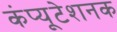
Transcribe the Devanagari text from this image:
कंप्यूटेशनक